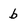
Character: b